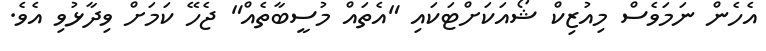
އެހެން ނަމަވެސް މިއުޒިކް ޝޯއަކަށްޓަކައި "އެތައް މުސީބާތެއް" ޖެހޭ ކަމަށް ވިދާޅުވި އެވެ.